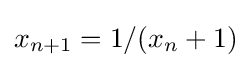
x_{n+1}=1/(x_{n}+1)